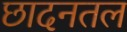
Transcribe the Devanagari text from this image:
छादनतल